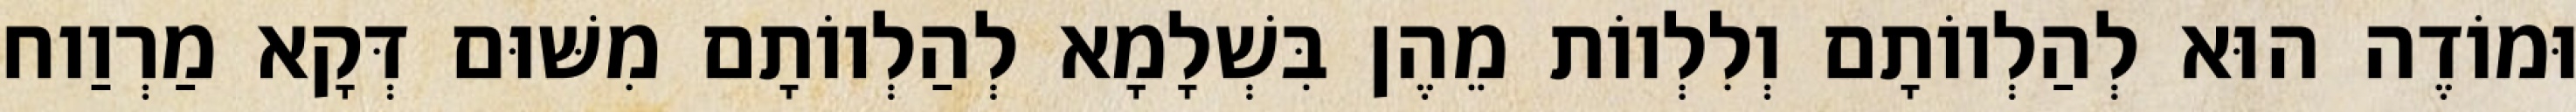
וּמוֹדֶה הוּא לְהַלְווֹתָם וְלִלְווֹת מֵהֶן בִּשְׁלָמָא לְהַלְווֹתָם מִשּׁוּם דְּקָא מַרְוַוח